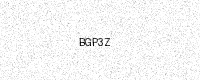
Text: BGP3Z